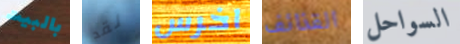
بالبيت لقد اخرس القذائف السواحل